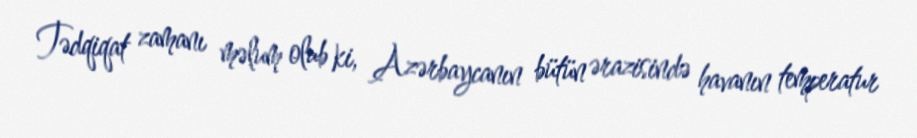
Tədqiqat zamanı məlum olub ki, Azərbaycanın bütün ərazisində havanın temperatur